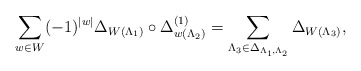
\begin{align*}\sum_{w\in W}(-1)^{|w|}\Delta_{W(\Lambda_{1})}\circ\Delta_{w(\Lambda_{2})}^{(1)}=\sum_{\Lambda_{3}\in\Delta_{\Lambda_{1},\Lambda_{2}}}\Delta_{W(\Lambda_{3})},\end{align*}